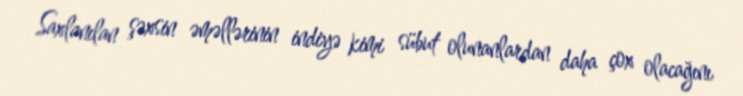
Saxlanılan şəxsin əməllərinin indiyə kimi sübut olunanlardan daha çox olacağını